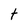
Character: t